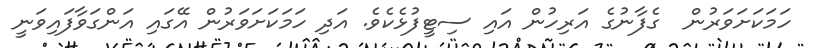
ހަމަކަށަވަރުން  ގެފާނުގެ އަރިހުން އައި ސިޓީފުޅެކެވެ. އަދި ހަމަކަށަވަރުން އޭގައި އަންގަވާފައިވަނީ